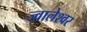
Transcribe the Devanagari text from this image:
ज्‍वालेश्‍वर